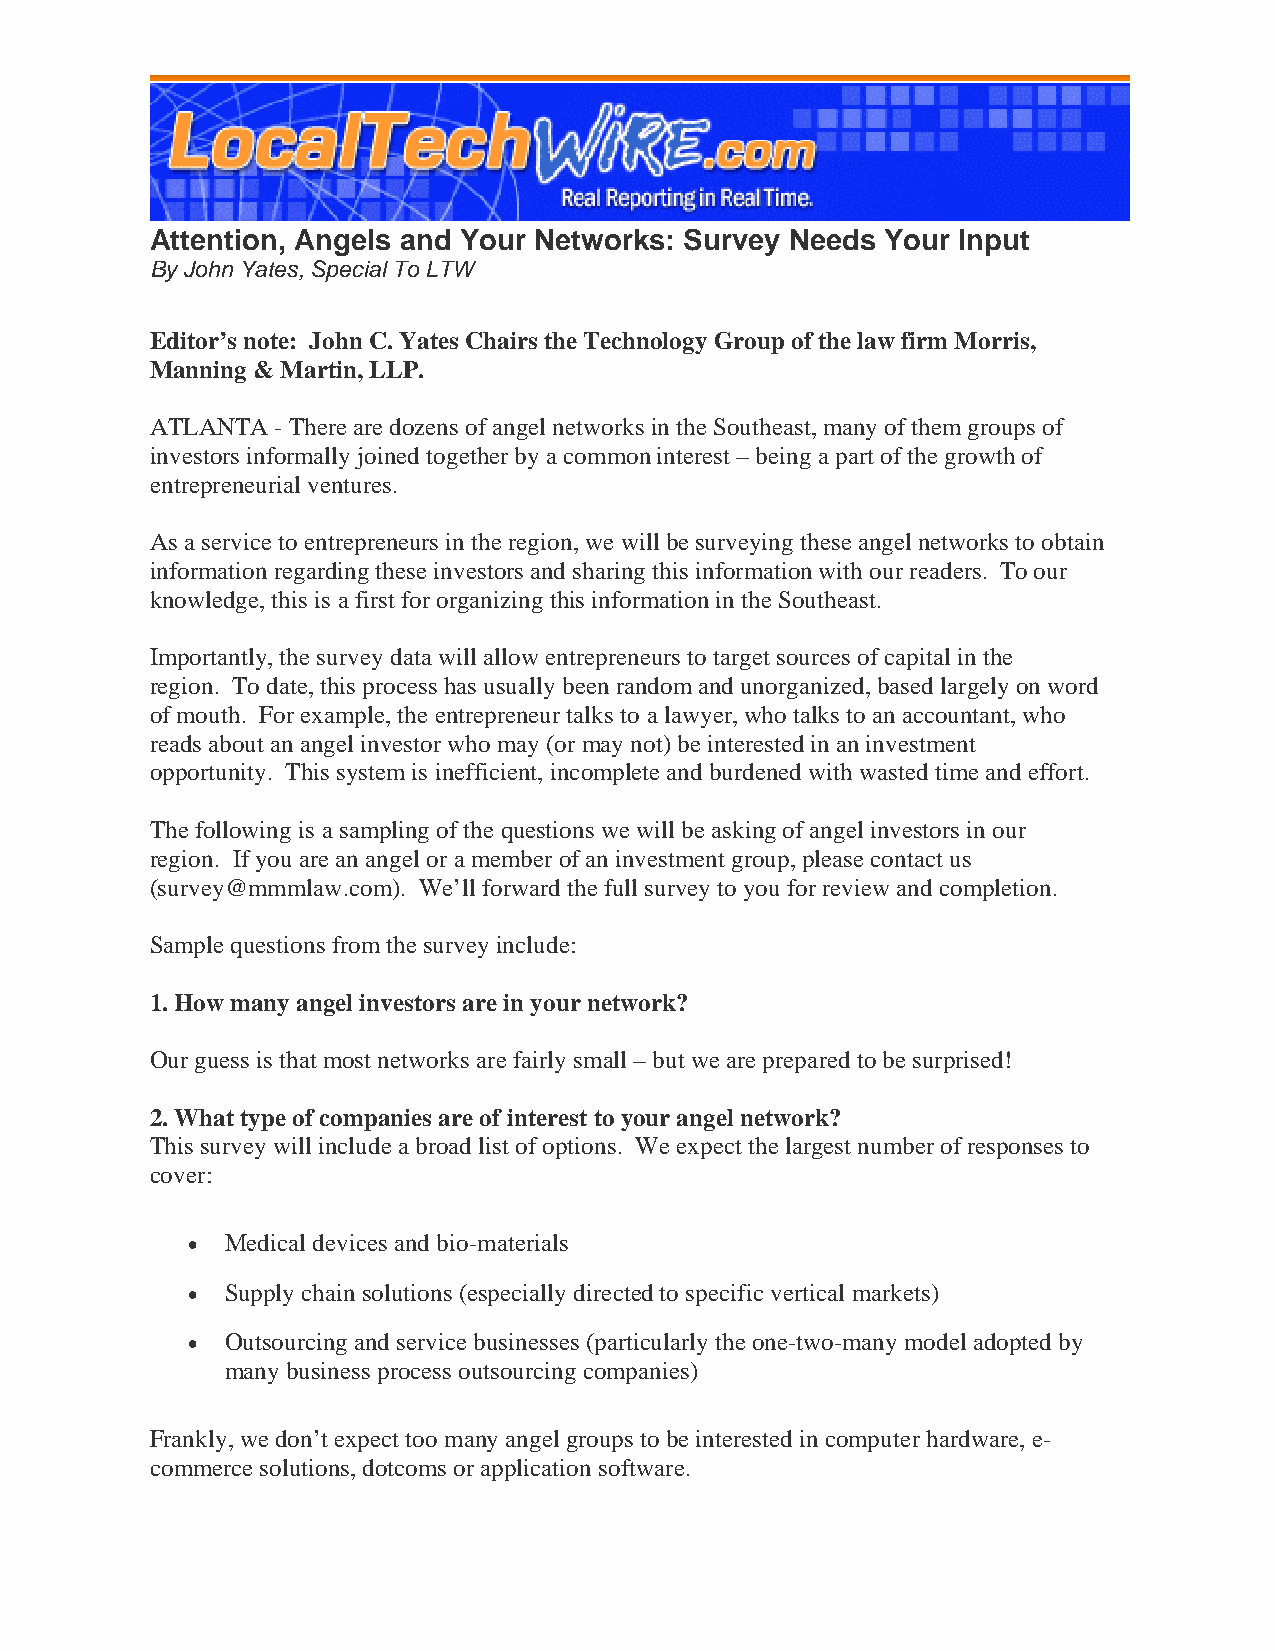
Attention, Angels and Your Networks: Survey Needs Your Input
 By John Yates, Special To LTW
 Editor’s note: John C. Yates Chairs the Technology Group of the law firm Morris,
 Manning & Martin, LLP.
 ATLANTA - There are dozens of angel networks in the Southeast, many of them groups of
 investors informally joined together by a common interest – being a part of the growth of
 entrepreneurial ventures.
 As a service to entrepreneurs in the region, we will be surveying these angel networks to obtain
 information regarding these investors and sharing this information with our readers. To our
 knowledge, this is a first for organizing this information in the Southeast.
 Importantly, the survey data will allow entrepreneurs to target sources of capital in the
 region. To date, this process has usually been random and unorganized, based largely on word
 of mouth. For example, the entrepreneur talks to a lawyer, who talks to an accountant, who
 reads about an angel investor who may (or may not) be interested in an investment
 opportunity. This system is inefficient, incomplete and burdened with wasted time and effort.
 The following is a sampling of the questions we will be asking of angel investors in our
 region. If you are an angel or a member of an investment group, please contact us
 (survey@mmmlaw.com). We’ll forward the full survey to you for review and completion.
 Sample questions from the survey include:
 1. How many angel investors are in your network?
 Our guess is that most networks are fairly small – but we are prepared to be surprised!
 2. What type of companies are of interest to your angel network?
 This survey will include a broad list of options. We expect the largest number of responses to
 cover:
 •  Medical devices and bio-materials
 •  Supply chain solutions (especially directed to specific vertical markets)
 •  Outsourcing and service businesses (particularly the one-two-many model adopted by
 many business process outsourcing companies)
 Frankly, we don’t expect too many angel groups to be interested in computer hardware, e-
 commerce solutions, dotcoms or application software.